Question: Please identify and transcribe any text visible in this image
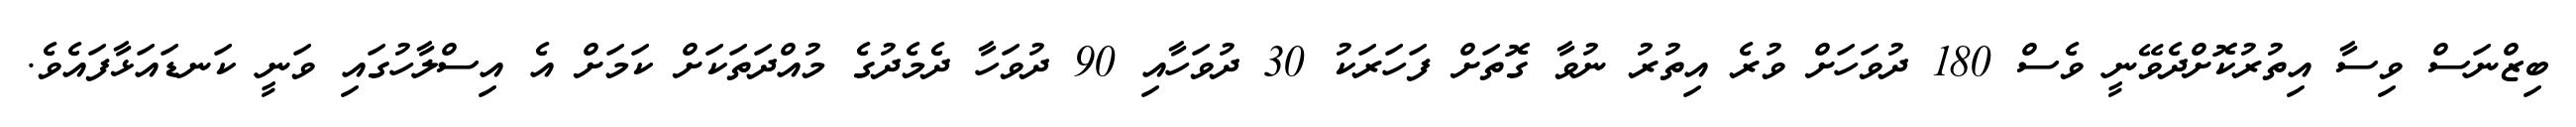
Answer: ބިޒްނަސް ވިސާ އިތުރުކޮށްދެވޭނީ ވެސް 180 ދުވަހަށް ވުރެ އިތުރު ނުވާ ގޮތަށް ފަހަރަކު 30 ދުވަހާއި 90 ދުވަހާ ދެމެދުގެ މުއްދަތަކަށް ކަމަށް އެ އިސްލާހުގައި ވަނީ ކަނޑައަޅާފައެވެ.